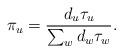
LaTeX: \begin{align*} \pi_u=\frac{d_u\tau_u}{\sum_w d_w\tau_w}.\end{align*}